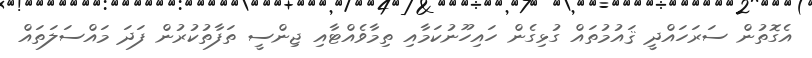
އެގޮތުން ސަރަހައްދީ ޤައުމުތައް ގުޅިގެން ހައިހޫނުކަމާއި ތިމާވެއްޓާއި ޖިންސީ ތަފާތުކުރުން ފަދަ މައްސަލަތައް